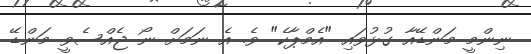
ނިންމީ މަންޑޭއާ ގުޅުވައި "އެމްޕާކެ" ވެ. އެ ނަމަށް ނޯ ޖެއްސެވީ މަންޑޭ